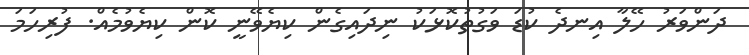
ދަންވަރު ހޭލާ އިނދެ ކުޑަ ވަގުތުކޮޅަކު ނިދައިގެން ކިޔެވޭނީ ކޮން ކިޔެވުމެއް. ފުރިހަމަ